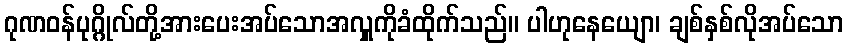
ဂုဏဝန်ပုဂ္ဂိုလ်တို့အားပေးအပ်သောအလှူကိုခံထိုက်သည်။ ပါဟုနေယျော၊ ချစ်နှစ်လိုအပ်သော